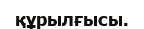
құрылғысы.